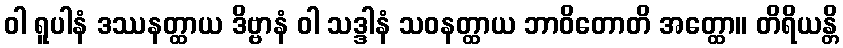
ဝါ ရူပါနံ ဒဿနတ္ထာယ ဒိဗ္ဗာနံ ဝါ သဒ္ဒါနံ သဝနတ္ထာယ ဘာဝိတောတိ အတ္ထော။ တိရိယန္တိ